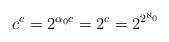
LaTeX: \begin{align*}c^c = 2^{\alpha_0 c} = 2^c = 2^{2^{\aleph_0}} \end{align*}